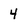
Character: 4